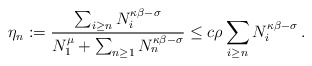
\begin{align*}\eta_{n}:=\frac{\sum_{i\geq n}N_{i}^{\kappa\beta-\sigma}}{N_{1}^{\mu}+\sum_{n\geq1}N_{n}^{\kappa\beta-\sigma}}\leq c\rho\sum_{i\geq n}N_{i}^{\kappa\beta-\sigma}\,. \end{align*}